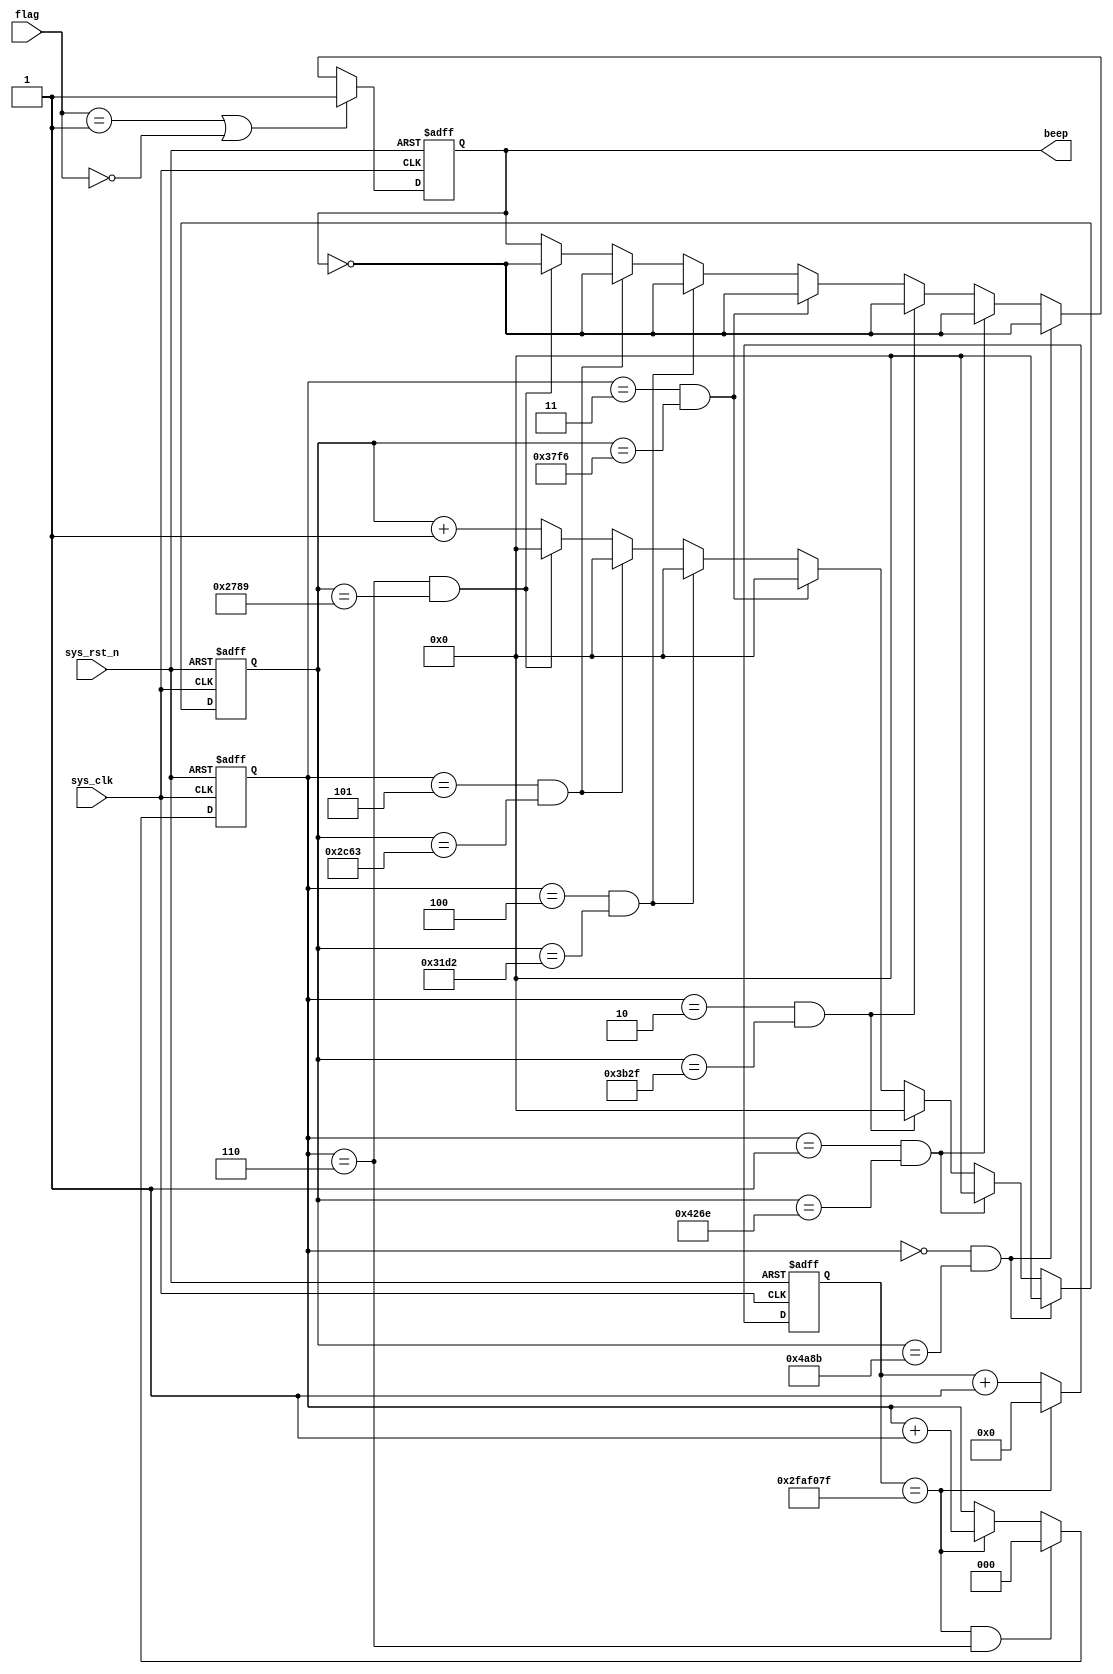
module  beep
(
	input	wire			sys_clk		,
	input	wire			sys_rst_n	,
	input	wire	[1:0]	flag		,
	
	output	reg				beep		
);

localparam	DO	=	18'd190839	,
			RE	=	18'd170068	,
			MI	=	18'd151515	,
			FA	=	18'd143266	,
			SO	=	18'd127551	,
			LA	=	18'd113636	,
			XI	=	18'd101215	;
localparam	DO_1_2	=	17'd19084  ,
			RE_1_2	=	17'd17007  ,
			MI_1_2	=	17'd15152  ,
			FA_1_2	=	17'd14327  ,
			SO_1_2  =	17'd12755  ,
			LA_1_2	=	17'd11364  ,
			XI_1_2	=	17'd10122  ;
localparam	CNT_EN_MAX	=	26'd50_000_000  ;
			
reg		[25:0]	cnt_en	;
reg		[2:0]	cnt_num	;
reg		[16:0]	cnt_T	;

always@(posedge sys_clk or negedge sys_rst_n)
	if(sys_rst_n == 1'b0)
		cnt_en  <=  26'd0  ;
	else  if(cnt_en == CNT_EN_MAX - 1'b1)
		cnt_en  <=  26'd0  ;
	else  
		cnt_en  <=  cnt_en + 1'b1  ;
		
always@(posedge sys_clk or negedge sys_rst_n)
	if(sys_rst_n == 1'b0)
		cnt_num  <=  3'd0  ;
	else  if((cnt_en == CNT_EN_MAX - 1'b1)&&(cnt_num == 3'd6))
		cnt_num  <=  3'd0  ;		
	else  if(cnt_en == CNT_EN_MAX - 1'b1)
		cnt_num  <=  cnt_num + 1'b1  ;
	else
		cnt_num  <=  cnt_num  ;
		
always@(posedge sys_clk or negedge sys_rst_n)
	if(sys_rst_n == 1'b0)
		cnt_T  <=  17'd0  ;
	else  if((cnt_num == 3'd0)&&(cnt_T == DO_1_2 - 1'b1))
		cnt_T  <=  17'd0  ;
	else  if((cnt_num == 3'd1)&&(cnt_T == RE_1_2 - 1'b1))
		cnt_T  <=  17'd0  ;		
	else  if((cnt_num == 3'd2)&&(cnt_T == MI_1_2 - 1'b1))
		cnt_T  <=  17'd0  ;
	else  if((cnt_num == 3'd3)&&(cnt_T == FA_1_2 - 1'b1))
		cnt_T  <=  17'd0  ;	
	else  if((cnt_num == 3'd4)&&(cnt_T == SO_1_2 - 1'b1))
		cnt_T  <=  17'd0  ;		
	else  if((cnt_num == 3'd5)&&(cnt_T == LA_1_2 - 1'b1))
		cnt_T  <=  17'd0  ;
	else  if((cnt_num == 3'd6)&&(cnt_T == XI_1_2 - 1'b1))
		cnt_T  <=  17'd0  ;			
	else  
		cnt_T  <=  cnt_T + 1'b1  ;
		
always@(posedge sys_clk or negedge sys_rst_n)
	if(sys_rst_n == 1'b0)
		beep  <=  1'b1  ;
	else  if((flag == 2'b01)||(flag == 2'b00))
		beep  <=  1'b1  ;
	else  if((cnt_num == 3'd0)&&(cnt_T == DO_1_2 - 1'b1))
		beep  <=  ~beep  ;
	else  if((cnt_num == 3'd1)&&(cnt_T == RE_1_2 - 1'b1))
		beep  <=  ~beep  ;		
	else  if((cnt_num == 3'd2)&&(cnt_T == MI_1_2 - 1'b1))
		beep  <=  ~beep  ;
	else  if((cnt_num == 3'd3)&&(cnt_T == FA_1_2 - 1'b1))
		beep  <=  ~beep  ;			
	else  if((cnt_num == 3'd4)&&(cnt_T == SO_1_2 - 1'b1))
		beep  <=  ~beep  ;		
	else  if((cnt_num == 3'd5)&&(cnt_T == LA_1_2 - 1'b1))
		beep  <=  ~beep  ;
	else  if((cnt_num == 3'd6)&&(cnt_T == XI_1_2 - 1'b1))
		beep  <=  ~beep  ;	
	else
		beep  <=  beep  ;

endmodule